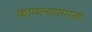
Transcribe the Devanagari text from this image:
कापल्यासारखा